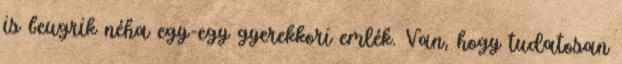
is beugrik néha egy-egy gyerekkori emlék. Van, hogy tudatosan